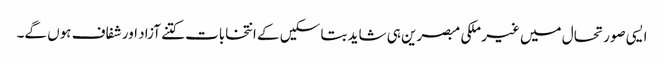
ایسی صورتحال میں غیر ملکی مبصرین ہی شاید بتا سکیں کے انتخابات کتنے آزاد اور شفاف ہوں گے۔